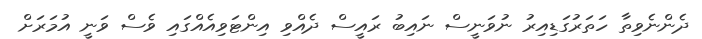
ދެންނެވިތާ ހަތަރުގަޑިއިރު ނުވަނީސް ނައިބު ރައީސް ދެއްވި އިންޓަވިއެއްގައި ވެސް ވަނީ އުމަރަށް